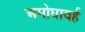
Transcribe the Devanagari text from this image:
अमोघावर्ह